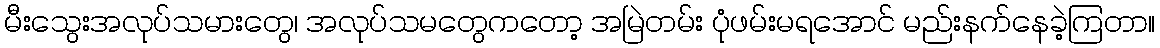
မီးသွေးအလုပ်သမားတွေ၊ အလုပ်သမတွေကတော့ အမြဲတမ်း ပုံဖမ်းမရအောင် မည်းနက်နေခဲ့ကြတာ။